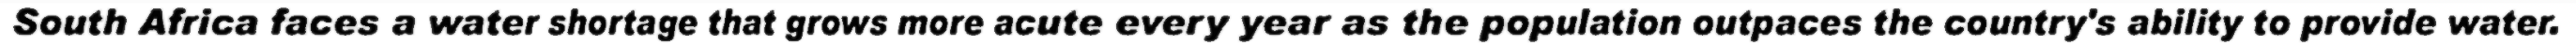
South Africa faces a water shortage that grows more acute every year as the population outpaces the country's ability to provide water.